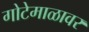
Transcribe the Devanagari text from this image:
गोटेमाळावर